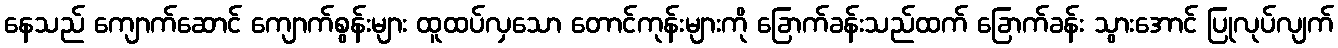
နေသည် ကျောက်ဆောင် ကျောက်စွန်းများ ထူထပ်လှသော တောင်ကုန်းများကို ခြောက်ခန်းသည်ထက် ခြောက်ခန်း သွားအောင် ပြုလုပ်လျက်